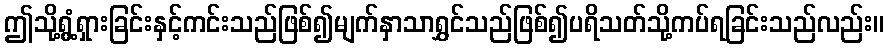
ဤသို့ရွံ့ရှားခြင်းနှင့်ကင်းသည်ဖြစ်၍မျက်နှာသာရွှင်သည်ဖြစ်၍ပရိသတ်သို့ကပ်ရခြင်းသည်လည်း။